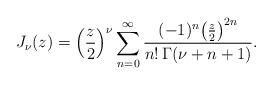
LaTeX: \begin{align*}J_\nu(z) = \Big(\frac z 2\Big)^\nu \sum_{n=0}^{\infty} \frac{(-1)^n \big(\tfrac z 2\big)^{2n}}{n!\, \Gamma(\nu+n+1)}.\end{align*}